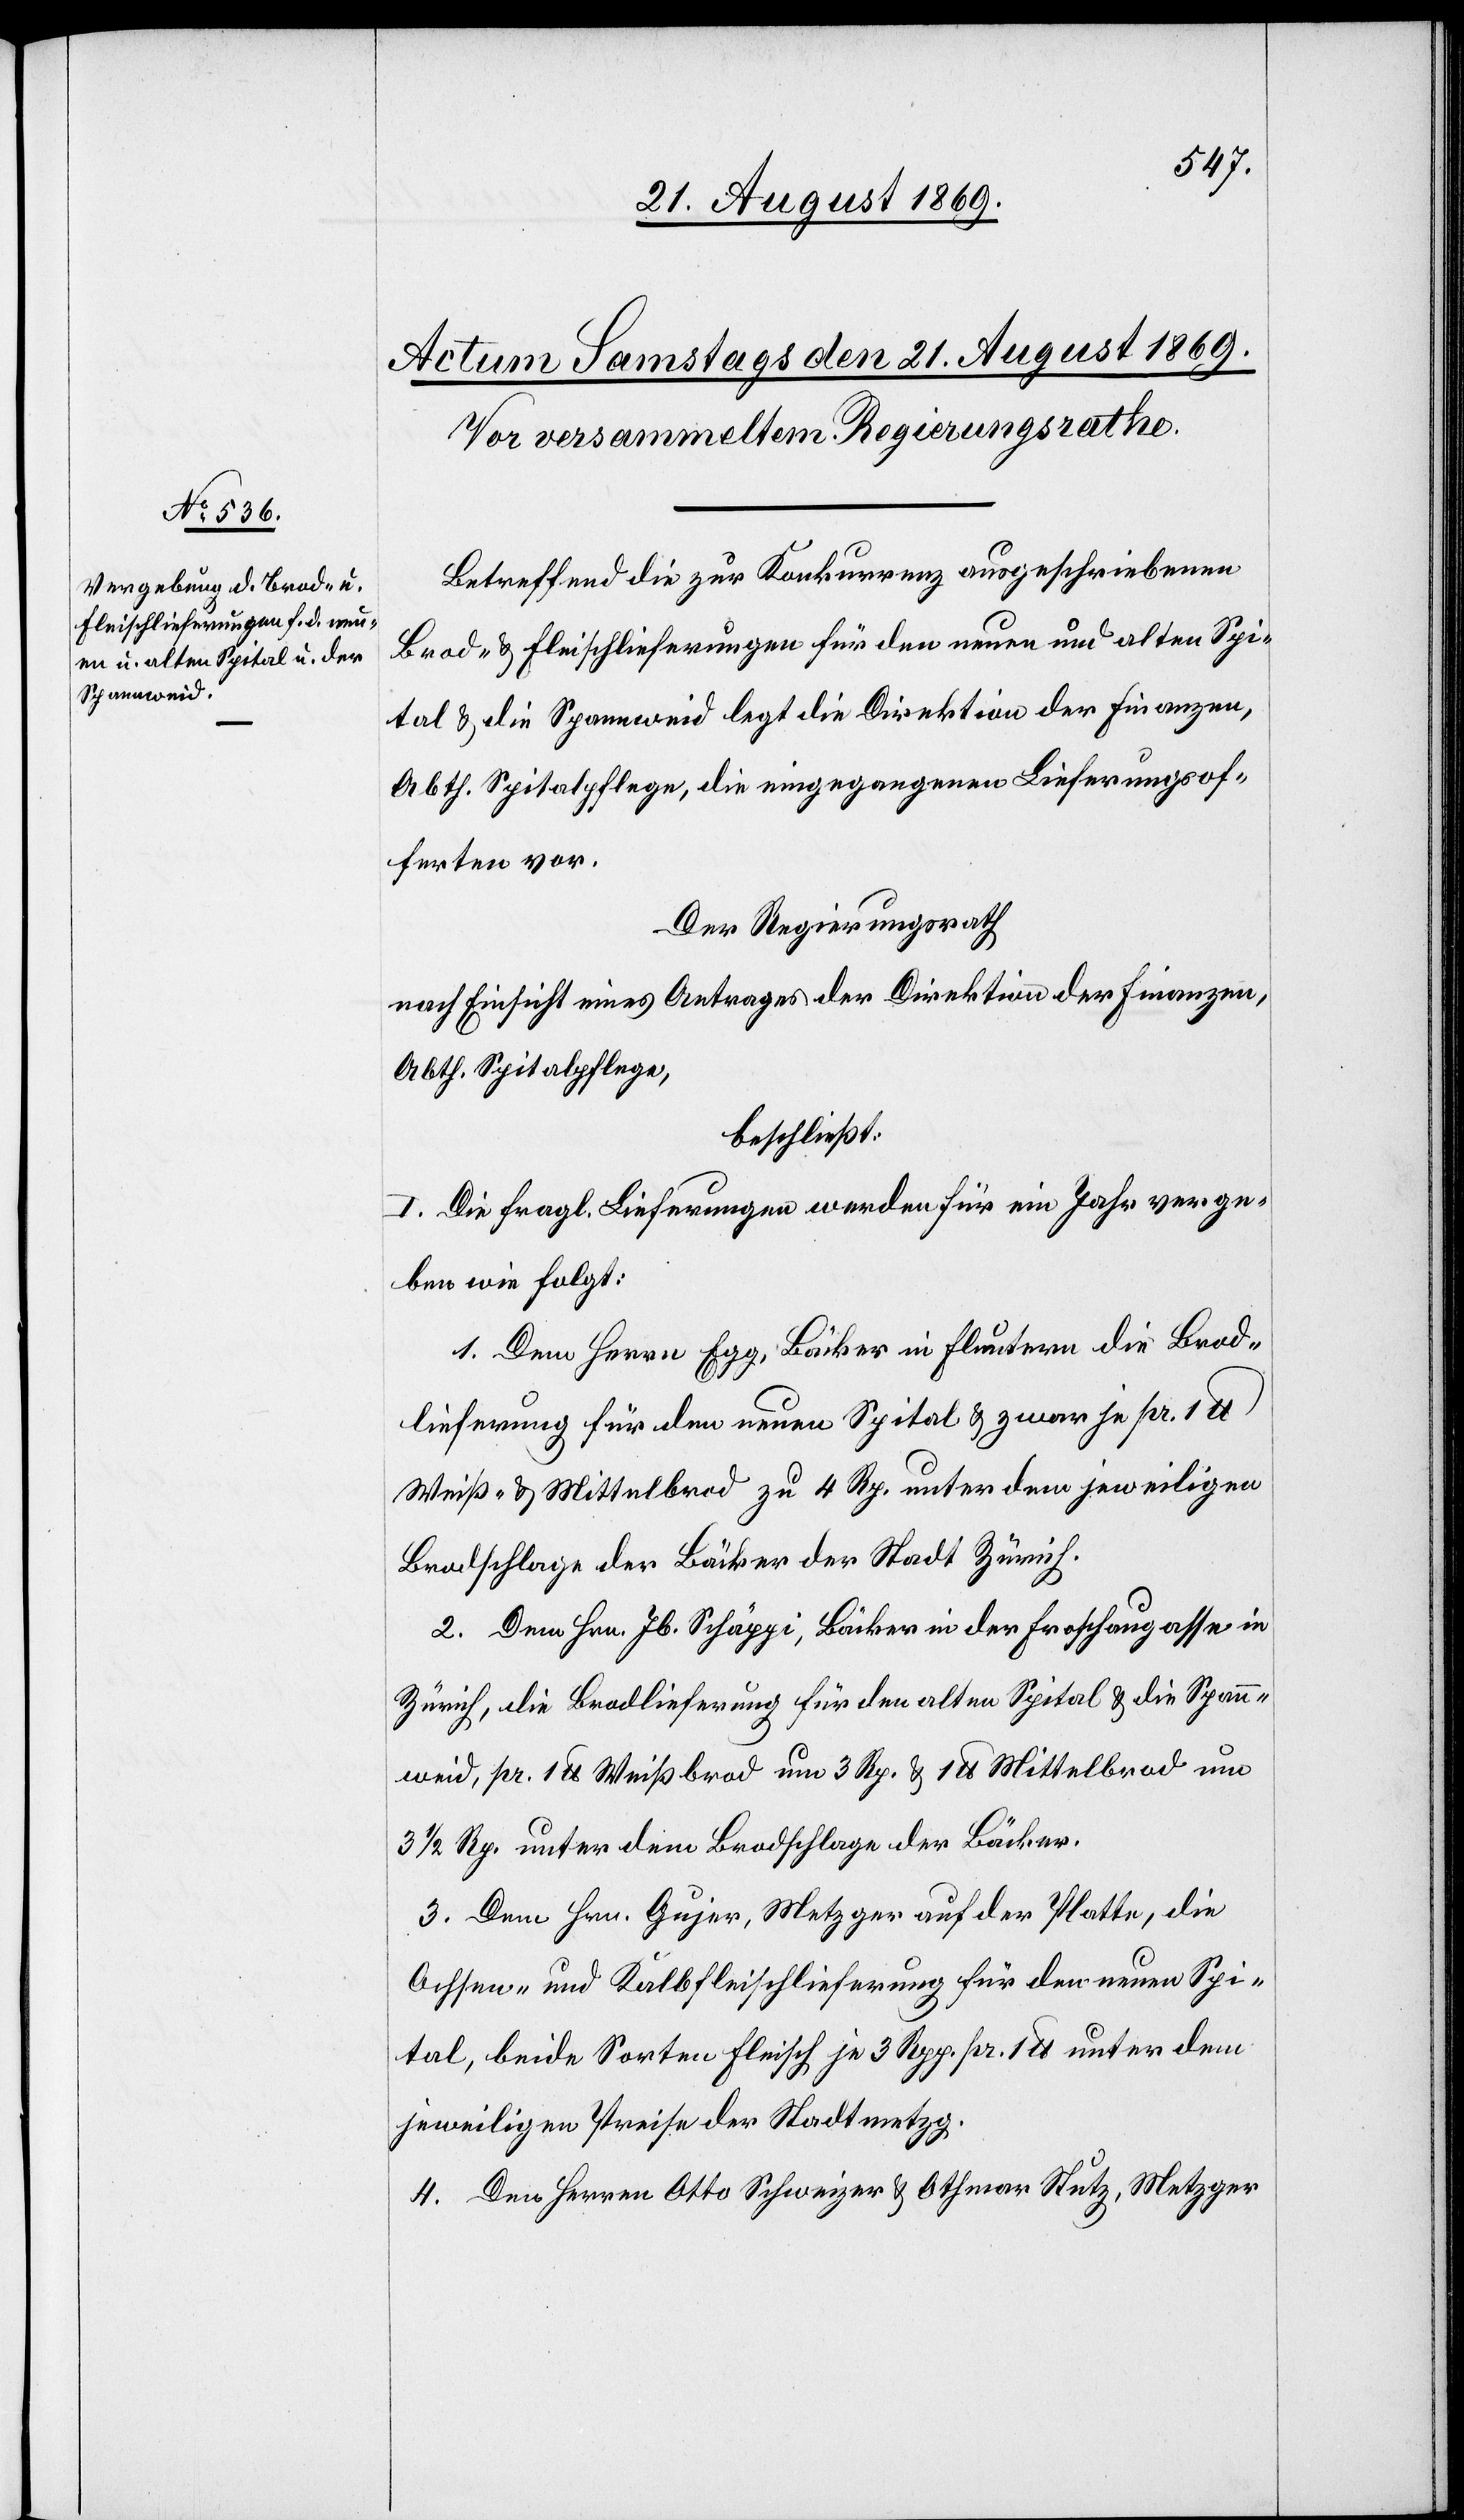
Betreffend die zur Konkurrenz ausgeschriebenen
Brod- & Fleischlieferungen für den neuen und alten Spi¬
tal & die Spannweid legt die Direktion der Finanzen,
Abth. Spitalpflege, die eingegangenen Lieferungsof¬
ferten vor.
Der Regierungsrath
nach Einsicht eines Antrages der Direktion der Finanzen,
Abth. Spitalpflege,
beschließt:
I. Die fragl. Lieferungen werden für ein Jahr verge¬
ben wie folgt:
1. Dem Herrn Egg, Bäcker in Fluntern die Brod¬
lieferung für den neuen Spital & zwar je pr. 1
Weiß- & Mittelbrod zu 4 Rp. unter dem jeweiligen
Brodschlage der Bäcker der Stadt Zürich.
2. Dem Hrn. Jb. Schäppi, Bäcker in der Froschaugasse in
Zürich, die Brodlieferung für den alten Spital & die Span¬
nweid, pr. 1 lb Weißbrod um 3 Rp. & 1 lb Mittelbrod um
3 1/2 Rp unter dem Brodschlage der Bäcker.
3. Dem Hrn. Gujer, Metzger auf der Platte, die
Ochsen- und Kalbfleischlieferung für den neuen Spi¬
tal, beide Sorten Fleisch je 3 Rpp. pr. 1 lb unter dem
jeweiligen Preise der Stadtmetzg.
4. Den Herren Otto Schweizer & Othmar Stutz, Metzger